Indian journal of veterinary science and animal husbandry - Volumes 18-21, 1948-1951
Year: 1948
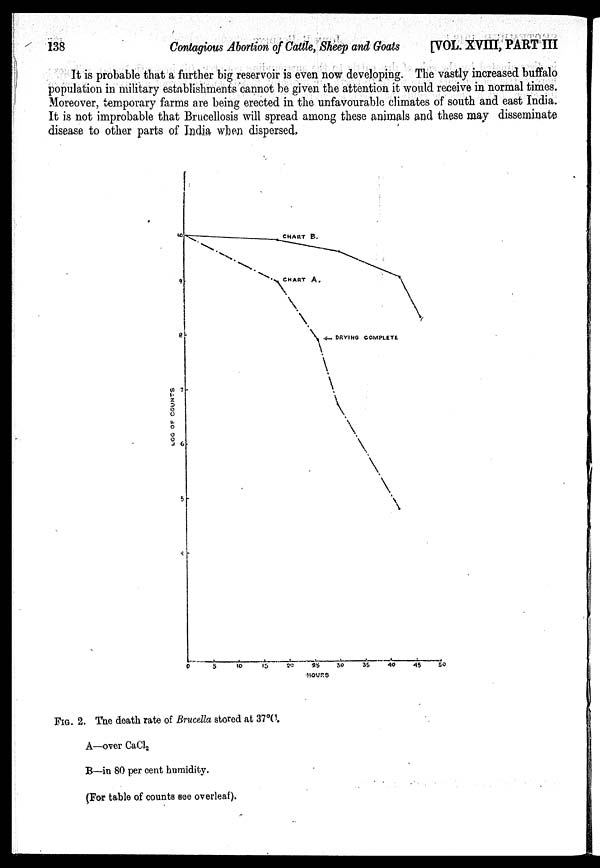
138
Contagious Abortion of Cattle, Sheep and Goats
[VOL. XVIII, PART III
It is probable that a further big reservoir is even now developing. The vastly increased buffalo
population in military establishments cannot be given the attention it would receive in normal times.
Moreover, temporary farms are being erected in the unfavourable climates of south and east India.
It is not improbable that Brucellosis will spread among these animals and these may disseminate
disease to other parts of India when dispersed.
FIG. 2. The death rate of Brucella stored at 37°C.
A—over CaCl 2
B—in 80 per cent humidity.
(For table of counts see overleaf).